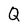
Character: Q